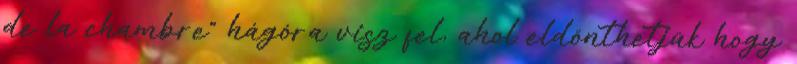
de la chambre" hágóra visz fel, ahol eldönthetjük hogy